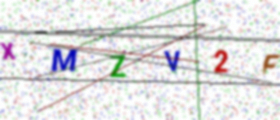
Text: XMZV2F